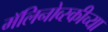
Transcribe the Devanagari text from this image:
मॅलिनोव्स्कीच्या